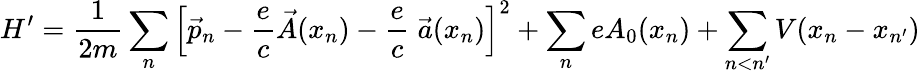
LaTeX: H^{\prime}=\frac{1}{2m}\sum_{n}\left[\vec{p}_{n}-\frac{e}{c}\vec{A}(x_{n})-\frac{e}{c}\; \vec{a}(x_{n})\right]^{2}+\sum_{n}eA_{0}(x_{n})+\sum_{n<n^{\prime}}V(x_{n}-x_{n^{\prime}})